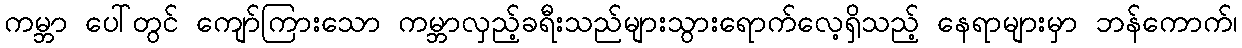
ကမ္ဘာ ပေါ်တွင် ကျော်ကြားသော ကမ္ဘာလှည့်ခရီးသည်များသွားရောက်လေ့ရှိသည့် နေရာများမှာ ဘန်ကောက်၊